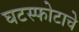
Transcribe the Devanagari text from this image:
घटस्फोटाचे